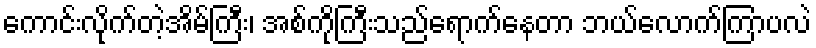
ကောင်းလိုက်တဲ့အိမ်ကြီး၊ အစ်ကိုကြီးသည်ရောက်နေတာ ဘယ်လောက်ကြာပလဲ